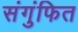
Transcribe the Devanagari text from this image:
संगुंफित